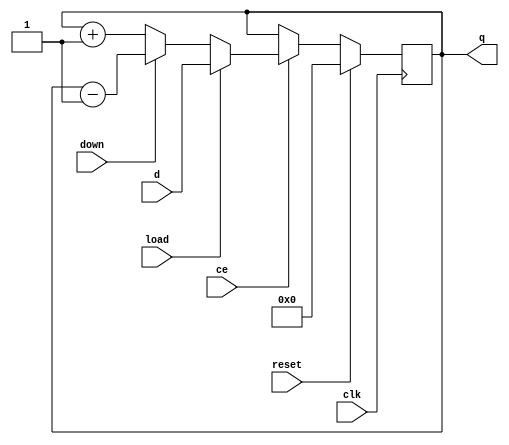
module Counter (
   clk,
   reset,
   ce,
   d,
   q,
   load,
   down
);

	parameter WIDTH = 8;

	input                    clk;
	input                    reset;
	input                    ce;
	input      [WIDTH - 1:0] d;
	output reg [WIDTH - 1:0] q;
	input                    load;
	input                    down;

	always @(posedge clk) begin
		if (reset)
			q <= 0;
		else if (ce) begin
			if (load)
				q <= d;
			else if(down)
				q <= q - 1;
			else /* !load && !down */
				q <= q + 1;
		end
	end

endmodule